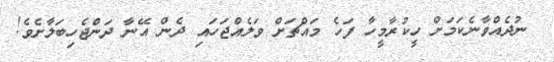
ނުދެއްވާނެކަމަށް ހީކުރާމީހާ ފަހެ މައްޗަށް ވަލެއްޖަހައި ދެން އޭނާ ދަންޖެހިބަލާށެވެ!